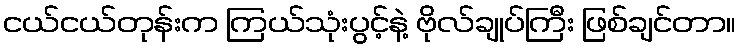
ငယ်ငယ်တုန်းက ကြယ်သုံးပွင့်နဲ့ ဗိုလ်ချုပ်ကြီး ဖြစ်ချင်တာ။